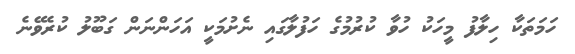
ހަމަތަކާ ހިލާފު މީހަކު ހުވާ ކުރުމުގެ ހަފުލާގައި ނެށުމަކީ އަހަންނަން ގަބޫލު ކުރެވޭނެ